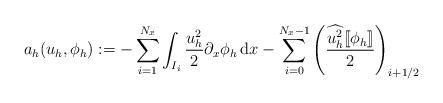
LaTeX: \begin{align*}a_h(u_h,\phi_h) := -\sum_{i = 1}^{N_x}\int_{I_i}\frac{u_h^2}{2}\partial_x\phi_h\,{\rm d}x - \sum_{i = 0}^{N_x-1}\left(\frac{\widehat{u_h^2}[\![\phi_h]\!]}{2}\right)_{i+1/2}\end{align*}